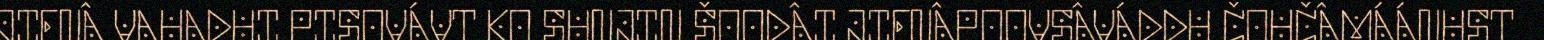
JIENÂ VAHADUI PISOVÁVT KO SUNJIN ŠOODÂI JIENÂPOOVSÂVÁDDU ČOHČÂMÁÁNUST